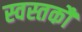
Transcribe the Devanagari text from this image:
स्वस्तकौ